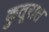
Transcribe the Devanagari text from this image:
कुतूरात